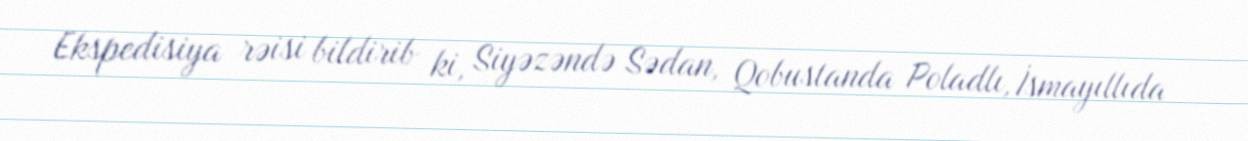
Ekspedisiya rəisi bildirib ki, Siyəzəndə Sədan, Qobustanda Poladlı, İsmayıllıda